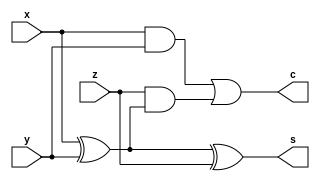
module full_adder(x,y,z,s,c);
input x,y,z;
output s,c;

assign s=x^y^z;
assign c=x&y|z&(x^y);
endmodule

/*module full_adder_tb();
reg x,y,z;
wire s,c;

full_adder u1(.x(x), .y(y), .z(z), .s(s), .c(c));

initial begin
$dumpfile("fa.vcd");
$dumpvars(-1,u1);
end

initial begin
x=0;y=0;z=0;#10;
x=0;y=0;z=1;#10;
x=0;y=1;z=0;#10;
x=0;y=1;z=1;#10;
x=1;y=0;z=0;#10;
x=1;y=0;z=1;#10;
x=1;y=1;z=0;#10;
x=1;y=1;z=1;#10;
end
endmodule
*/